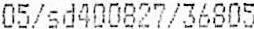
05/SD400827/36805